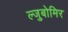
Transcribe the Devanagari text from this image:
ल्जुबोमिर